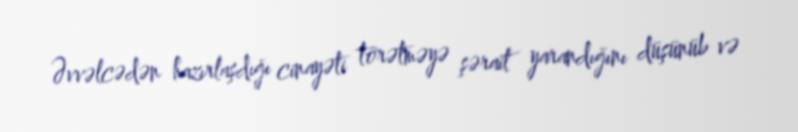
Əvvəlcədən hazırlaşdığı cinayəti törətməyə şərait yarandığını düşünüb və